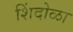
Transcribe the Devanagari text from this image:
शिंदोळा